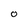
Character: o